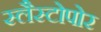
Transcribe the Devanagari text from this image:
स्लैस्टोपोर